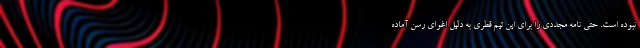
نبوده است. حتی نامه مجددی را برای این تیم قطری به دلیل اغوای رسن آماده